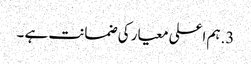
3.ہم اعلی معیار کی ضمانت ہے ۔